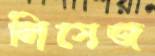
লিসেজ